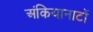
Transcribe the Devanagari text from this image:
अंकियानाटों